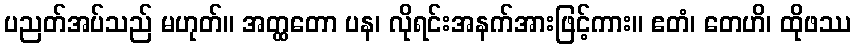
ပညတ်အပ်သည် မဟုတ်။ အတ္ထတော ပန၊ လိုရင်းအနက်အားဖြင့်ကား။ ဧတံ၊ တေဟိ၊ ထိုဖဿ